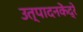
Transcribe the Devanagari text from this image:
उत्पादनकेंद्रे